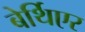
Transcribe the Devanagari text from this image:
बेर्थिएर